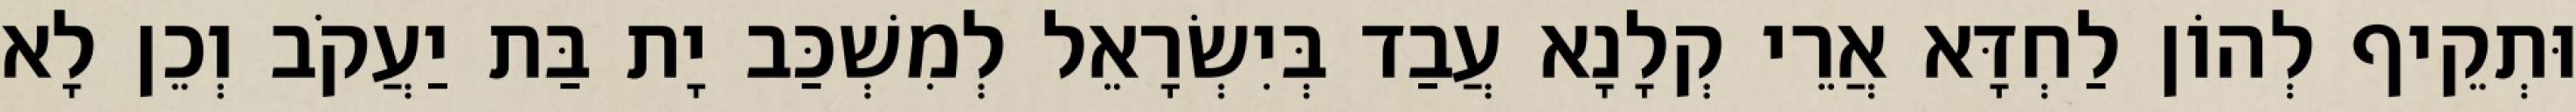
וּתְקֵיף לְהוֹן לַחְדָּא אֲרֵי קְלָנָא עֲבַד בְּיִשְׂרָאֵל לְמִשְׁכַּב יָת בַּת יַעֲקֹב וְכֵן לָא